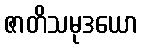
ဇာတိသမုဒယော